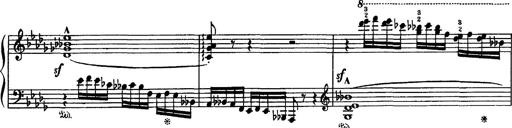
Title: Fantaisie sur des motifs favoris de l'opÃ©ra 'La sonnambula'
Composer: Franz Liszt